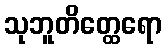
သုဘူတိတ္ထေရော